Indian journal of veterinary science and animal husbandry - Volumes 15-17, 1948-1951
Year: 1948
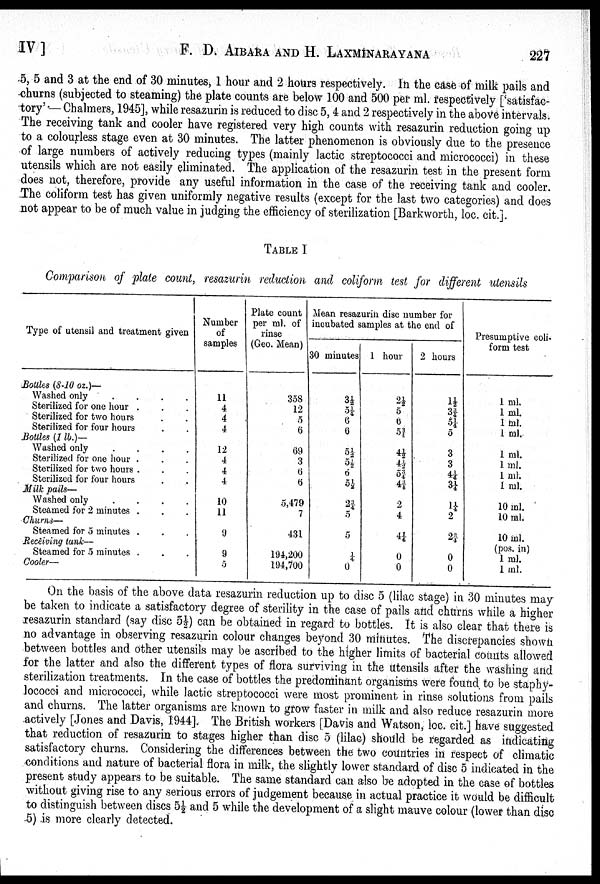
IV ]
F.
D.
AIBARA
AND
H.
LAXMINARAYANA
227
5, 5 and 3 at the end of 30 minutes 1 hour and 2 hours respectively. In the case of milk pails and
churns (subjected to steaming) the plate counts are below 100 and 500 per ml. respectively ['satisfac-
tory' — Chalmers, 1945], while resazurin is reduced to disc 5, 4 and 2 respectively in the above intervals.
The receiving tank and cooler have registered very high counts with resazurin reduction going up
to a colourless stage even at 30 minutes. The latter phenomenon is obviously due to the presence
of large numbers of actively reducing types (mainly lactic streptococci and micrococci) in these
utensils which are not easily eliminated. The application of the resazurin test in the present form
does not, therefore, provide any useful information in the case of the receiving tank and cooler.
The coliform test has given uniformly negative results (except for the last two categories) and does
not appear to be of much value in judging the efficiency of sterilization [Barkworth, loc. cit.].
TABLE I
Comparison of plate count, resazurin reduction and coliform test for different utensils
Type of utensil and treatment given
Bottles (8-10 oz.)—
Washed only
.
.
.
.
Sterilized for one hour . . .
Sterilized for two hours . .
Sterilized for four hours . .
Bottles (1 lb.)—
Washed only
.
.
.
.
Sterilized for one hour . . .
Sterilized for two hours . . .
Sterilized for four hours . .
Milk pails—
Washed only
.
.
.
.
Steamed for 2 minutes . . .
Churns—
Steamed for 5 minutes . . .
Receiving tank—
Steamed for 5 minutes . . .
Cooler—
Number
of
samples
11
4
4
4
12
4
4
4
10
11
9
9
5
Plate count
per ml. of
rinse
(Geo. Mean)
358
12
5
6
69
3
6
6
5,479
7
431
194,200
194,700
Mean resazurin disc number for
incubated samples at the end of
30 minutes
3½
5¼
6
6
5½
5½
6
5½
2¾
5
5
¼
0
1 hour
2½
5
6
5¾
4½ 4½
5¾
4¾
2
4
4¾
0
0
2 hours
1½
3¾
5¼
5
3
3
4¼
3¼
1¼
2
2¾
0
0
Presumptive coli-
form test
1 ml.
1 ml.
1 ml.
1 ml.
1 ml.
1 ml.
1 ml.
1 ml.
10 ml.
10 ml.
10 ml.
(pos. in)
1 ml.
1 ml.
On the basis of the above data resazurin reduction up to disc 5 (lilac stage) in 30 minutes may
be taken to indicate a satisfactory degree of sterility in the case of pails and churns while a higher
resazurin standard (say disc 5½) can be obtained in regard to bottles. It is also clear that there is
no advantage in observing resazurin colour changes beyond 30 minutes. The discrepancies shown
between bottles and other utensils may be ascribed to the higher limits of bacterial counts allowed
for the latter and also the different types of flora surviving in the utensils after the washing and
sterilization treatments. In the case of bottles the predominant organisms were found to be staphy-
lococci and micrococci, while lactic streptococci were most prominent in rinse solutions from pails
and churns. The latter organisms are known to grow faster in milk and also reduce resazurin more
actively [Jones and Davis, 1944]. The British workers [Davis and Watson, loc. cit.] have suggested
that reduction of resazurin to stages higher than disc 5 (lilac) should be regarded as indicating
satisfactory churns. Considering the differences between the two countries in respect of climatic
conditions and nature of bacterial flora in milk, the slightly lower standard of disc 5 indicated in the
present study appears to be suitable. The same standard can also be adopted in the case of bottles
without giving rise to any serious errors of judgement because in actual practice it would be difficult
to distinguish between discs 5½ and 5 while the development of a slight mauve colour (lower than disc
5) is more clearly detected.